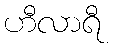
ဟီလာရီ